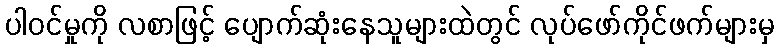
ပါဝင်မှုကို လစာဖြင့် ပျောက်ဆုံးနေသူများထဲတွင် လုပ်ဖော်ကိုင်ဖက်များမှ